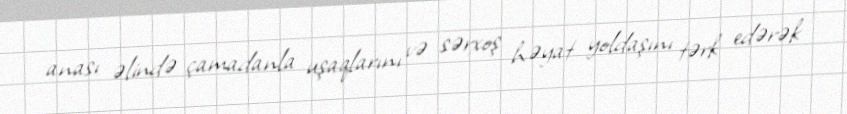
anası əlində çamadanla uşaqlarını və sərxoş həyat yoldaşını tərk edərək